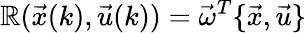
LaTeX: \mathbb{R}(\vec{{x}}(k),\vec{{u}}(k))=\vec{{\omega}}^{T}\{ \vec{{x}},\vec{{u}}\}